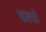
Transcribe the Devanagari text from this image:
फल्‍यो